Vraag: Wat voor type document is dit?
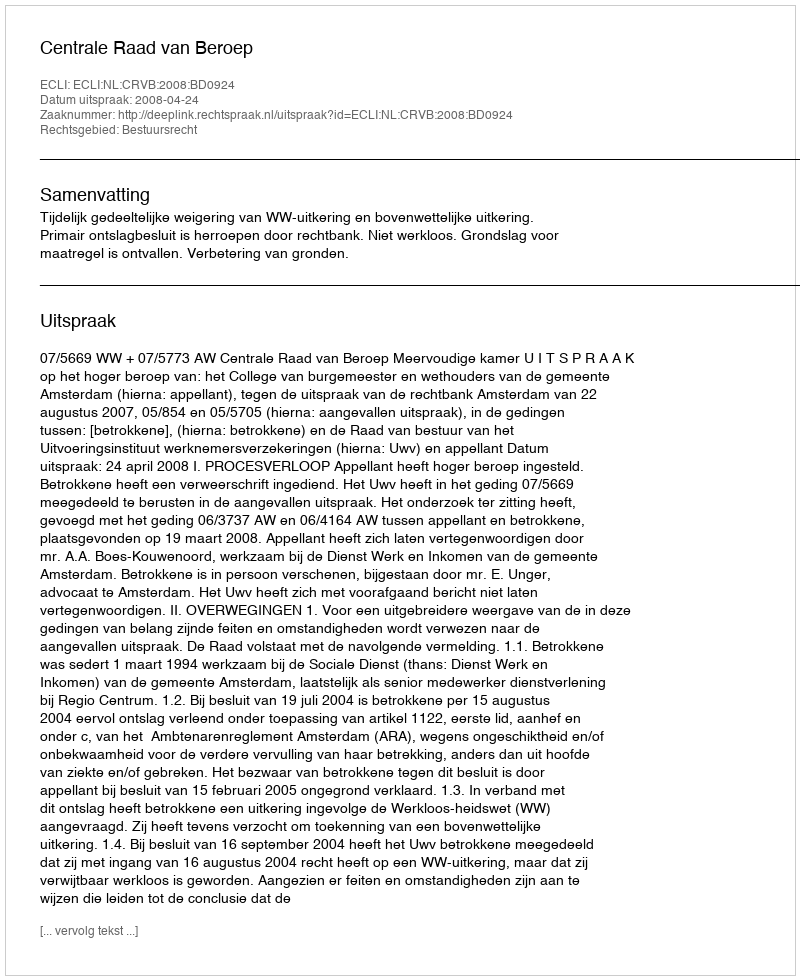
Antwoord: Uitspraak